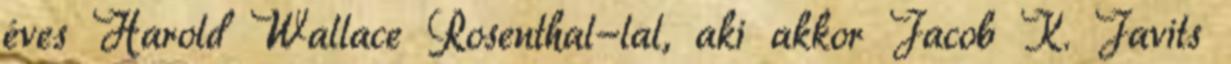
éves Harold Wallace Rosenthal-lal, aki akkor Jacob K. Javits